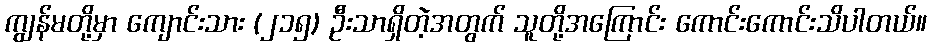
ကျွန်မတို့မှာ ကျောင်းသား (၂၁၅) ဦးသာရှိတဲ့အတွက် သူတို့အကြောင်း ကောင်းကောင်းသိပါတယ်။